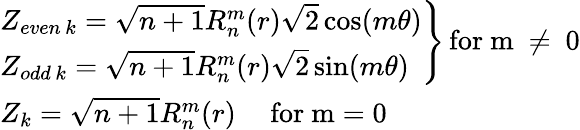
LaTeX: \begin{array}{l}{{\left.\begin{array}{l}{Z_{even\, k}=\sqrt{n+1}R_{n}^{m}(r)\sqrt{2}\cos(m\theta)}\\ {Z_{odd\, k}=\sqrt{n+1}R_{n}^{m}(r)\sqrt{2}\sin(m\theta)}\end{array}\right\} \, \mathrm{for~m~\ne~0}}}\\ {Z_{k}=\sqrt{n+1}R_{n}^{m}(r)\, \mathrm{\; ~\; ~for~m=0}}\end{array}